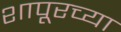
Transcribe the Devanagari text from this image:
शापूरच्या